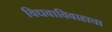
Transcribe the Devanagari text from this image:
विधवाविवाहाचा